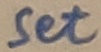
Text: Set